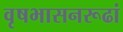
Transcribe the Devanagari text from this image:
वृषभासनरूढां